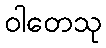
ဝါတေသု